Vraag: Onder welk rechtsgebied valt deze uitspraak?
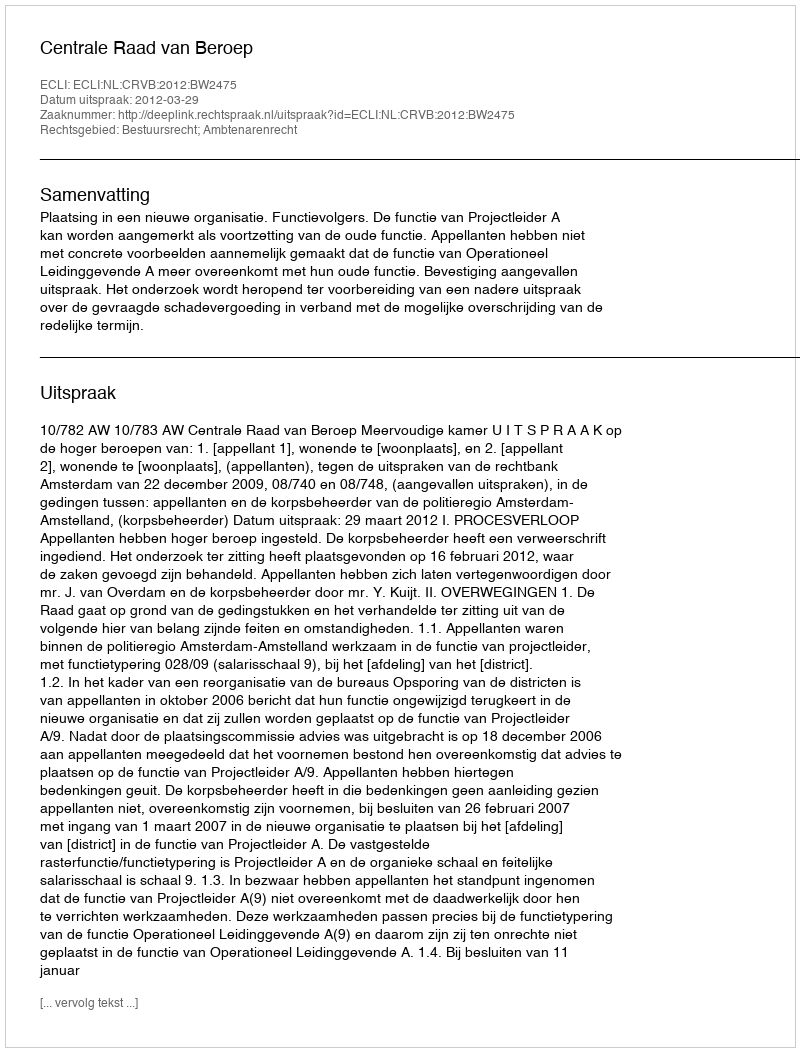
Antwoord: Bestuursrecht; Ambtenarenrecht